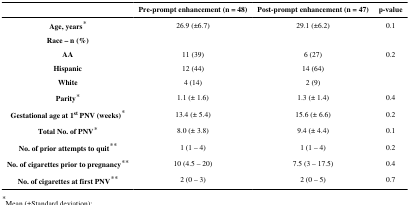
<table><thead><tr><td></td><td><b>Pre-prompt enhancement (n = 48)</b></td><td><b>Post-prompt enhancement (n = 47)</b></td><td><b>p-value</b></td></tr></thead><tbody><tr><td><b>Age, years</b>*</td><td>26.9 (±6.7)</td><td>29.1 (±6.2)</td><td>0.1</td></tr><tr><td><b>Race – n (%)</b></td><td></td><td></td><td></td></tr><tr><td><b>AA</b></td><td>11 (39)</td><td>6 (27)</td><td>0.2</td></tr><tr><td><b>Hispanic</b></td><td>12 (44)</td><td>14 (64)</td><td></td></tr><tr><td><b>White</b></td><td>4 (14)</td><td>2 (9)</td><td></td></tr><tr><td><b>Parity</b>*</td><td>1.1 (± 1.6)</td><td>1.3 (± 1.4)</td><td>0.4</td></tr><tr><td><b>Gestational age at 1<sup>st</sup> PNV (weeks)</b>*</td><td>13.4 (± 5.4)</td><td>15.6 (± 6.6)</td><td>0.2</td></tr><tr><td><b>Total No. of PNV</b>*</td><td>8.0 (± 3.8)</td><td>9.4 (± 4.4)</td><td>0.1</td></tr><tr><td><b>No. of prior attempts to quit</b>**</td><td>1 (1 – 4)</td><td>1 (1 – 4)</td><td>0.2</td></tr><tr><td><b>No. of cigarettes prior to pregnancy</b>**</td><td>10 (4.5 – 20)</td><td>7.5 (3 – 17.5)</td><td>0.4</td></tr><tr><td><b>No. of cigarettes at first PNV</b>**</td><td>2 (0 – 3)</td><td>2 (0 – 5)</td><td>0.7</td></tr></tbody></table>